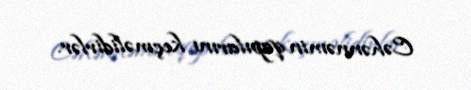
Cəhənnəmin qapılarını keçməlidirlər.